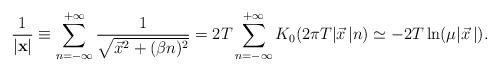
LaTeX: \begin{align*}\frac{1}{|{\bf x}|}\equiv\sum\limits_{n=-\infty}^{+\infty}\frac{1}{\sqrt{\vec x^2+(\beta n)^2}}=2T\sum\limits_{n=-\infty}^{+\infty}K_0(2\pi T|\vec x{\,}|n)\simeq-2T\ln(\mu|\vec x{\,}|).\end{align*}